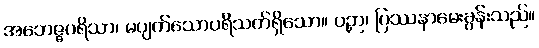
အဘေဇ္ဇပရိသာ၊ မပျက်သောပရိသတ်ရှိသော။ ပဉှာ၊ ပြဿနာမေးခွန်းသည်။